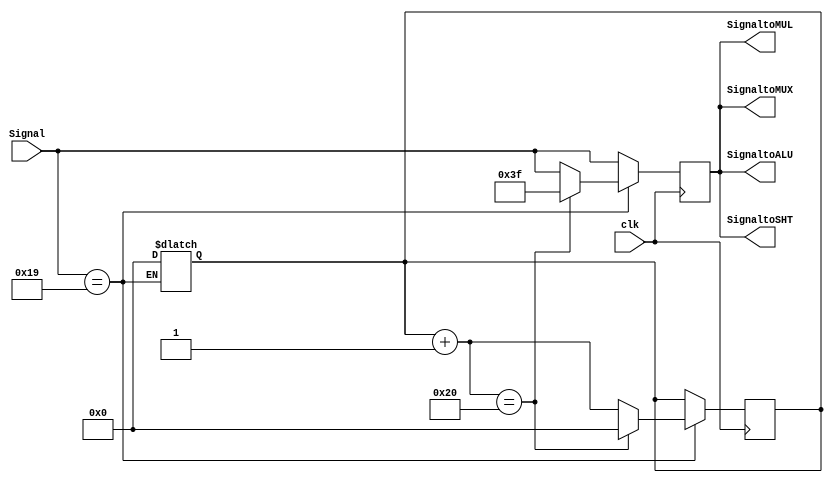
`timescale 1ns/1ns
module ALUControl( clk, Signal, SignaltoALU, SignaltoSHT, SignaltoMUL, SignaltoMUX );
input clk ;
input [5:0] Signal ;
output [5:0] SignaltoALU ;
output [5:0] SignaltoSHT ;
output [5:0] SignaltoMUL ;
output [5:0] SignaltoMUX ;

//   Signal ( 6-bits)?
//   AND  : 36
//   OR   : 37
//   ADD  : 32
//   SUB  : 34
//   SLL  : 0
//   SLT  : 42
//   MULTU : 25


reg [5:0] temp ;
reg [6:0] counter ;


parameter AND = 6'b100100;
parameter OR  = 6'b100101;
parameter ADD = 6'b100000;
parameter SUB = 6'b100010;
parameter SLT = 6'b101010;

parameter SLL = 6'b000000;

parameter MULTU= 6'b011001;
parameter MFHI= 6'b010000;
parameter MFLO= 6'b010010;
/*
wqUT
*/

/*
=====================================================
UdA{gvWkg
=====================================================
*/
always@( Signal )
begin
  if ( Signal == MULTU )
  begin
    counter = 0 ;
  end
/*
pGTk Ncounterk0
*/
end

always@( posedge clk )
begin
  temp = Signal ;
  if ( Signal == MULTU )
  begin
    counter = counter + 1 ;
    if ( counter == 32 )
    begin
      temp = 6'b111111 ; // Open HiLo reg for Div
      counter = 0 ;
    end
  end
/*
32clkM}HiLoskih
*/
end


assign SignaltoALU = temp ;
assign SignaltoSHT = temp ;
assign SignaltoMUL = temp ;
assign SignaltoMUX = temp ;


endmodule